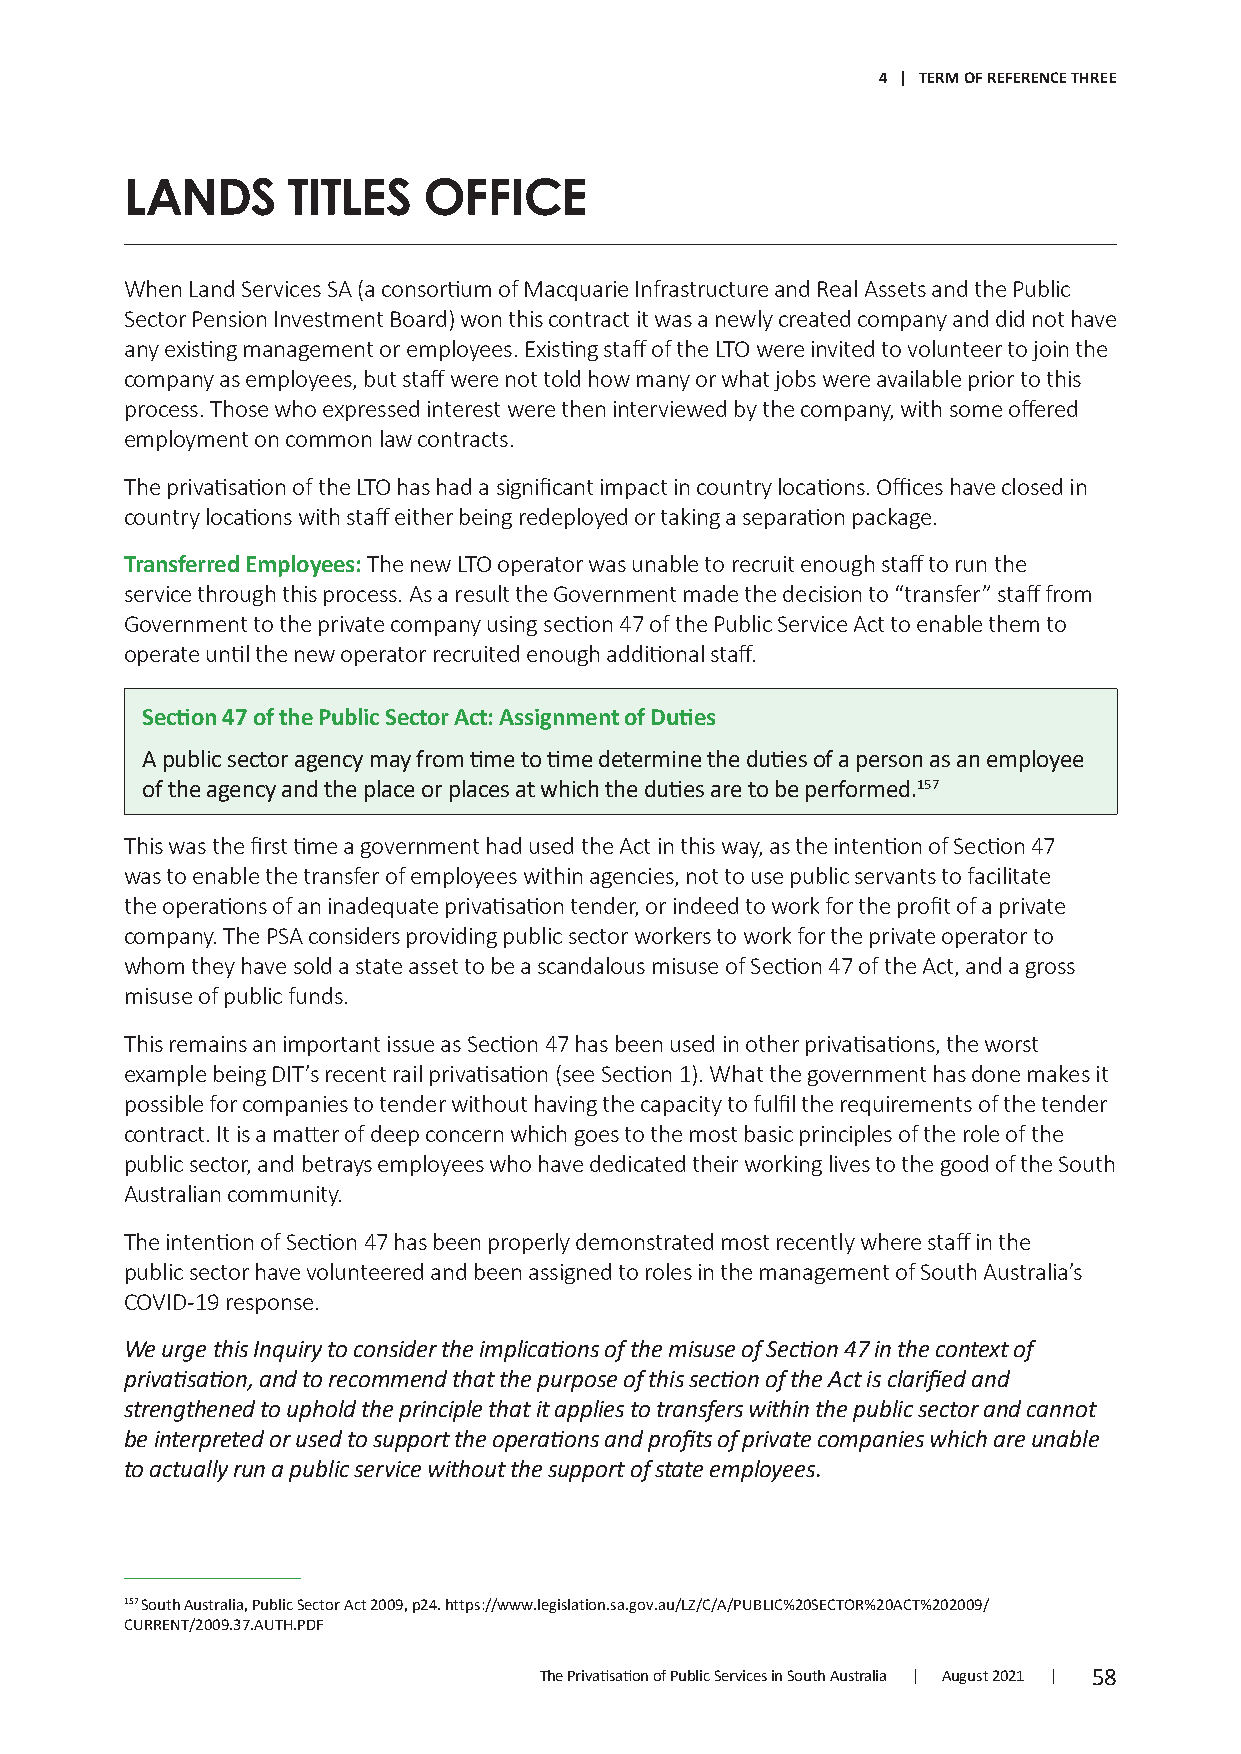
4 | TERM OF REFERENCE THREE
 LANDS      TITLES   OFFICE
 When Land Services SA (a consortium of Macquarie Infrastructure and Real Assets and the Public
 Sector Pension Investment Board) won this contract it was a newly created company and did not have
 any existing management or employees. Existing staff of the LTO were invited to volunteer to join the
 company as employees, but staff were not told how many or what jobs were available prior to this
 process. Those who expressed interest were then interviewed by the company, with some offered
 employment on common law contracts.
 The privatisation of the LTO has had a significant impact in country locations. Offices have closed in
 country locations with staff either being redeployed or taking a separation package.
 Transferred Employees: The new LTO operator was unable to recruit enough staff to run the
 service through this process. As a result the Government made the decision to “transfer” staff from
 Government to the private company using section 47 of the Public Service Act to enable them to
 operate until the new operator recruited enough additional staff.
 Section 47 of the Public Sector Act: Assignment of Duties
 A public sector agency may from time to time determine the duties of a person as an employee
 of the agency and the place or places at which the duties are to be performed1.57
 This was the first time a government had used the Act in this way, as the intention of Section 47
 was to enable the transfer of employees within agencies, not to use public servants to facilitate
 the operations of an inadequate privatisation tender, or indeed to work for the profit of a private
 company. The PSA considers providing public sector workers to work for the private operator to
 whom they have sold a state asset to be a scandalous misuse of Section 47 of the Act, and a gross
 misuse of public funds.
 This remains an important issue as Section 47 has been used in other privatisations, the worst
 example being DIT’s recent rail privatisation (see Section 1). What the government has done makes it
 possible for companies to tender without having the capacity to fulfil the requirements of the tender
 contract. It is a matter of deep concern which goes to the most basic principles of the role of the
 public sector, and betrays employees who have dedicated their working lives to the good of the South
 Australian community.
 The intention of Section 47 has been properly demonstrated most recently where staff in the
 public sector have volunteered and been assigned to roles in the management of South Australia’s
 COVID-19 response.
 We urge this Inquiry to consider the implications of the misuse of Section 47 in the context of
 privatisation, and to recommend that the purpose of this section of the Act is clarified and
 strengthened to uphold the principle that it applies to transfers within the public sector and cannot
 be interpreted or used to support the operations and profits of private companies which are unable
 to actually run a public service without the support of state employees.
 157 South Australia, Public Sector Act 2009, p24. https://www.legislation.sa.gov.au/LZ/C/A/PUBLIC%20SECTOR%20ACT%202009/
 CURRENT/2009.37.AUTH.PDF
 The Privatisation of Public Services in South Australia | August 2021 | 58